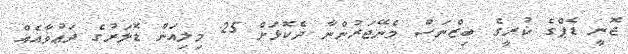
ޖޮނީ ޑެޕްގެ ކުރީގެ ބިޒްނަސް މެނޭޖަރުންނާ ދެކޮޅަށް 25 މިލިއަން ޑޮލަރުގެ ދަޢުވާއެއް